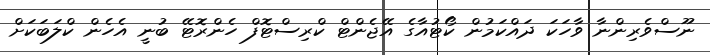
ނޫސްވެރިންނާ ވާހަކަ ދައްކަމުން ކޯޓުއާގެ އޭޖެންޓް ކްރިސްޓޮފް ހެންރޮޓޭ ބުނީ އެހެން ކްލަބަކަށް